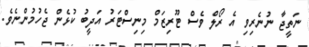
ނަތީޖާ ނުނެރިވި އެ ރޯލް ވެސް ޓޫރިޒަމް މިނިސްޓަރު އަދީބު ކުޅެން ޖެހުމުންނެވެ.